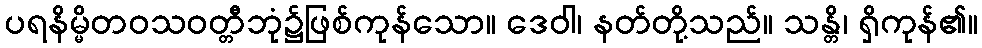
ပရနိမ္မိတဝသဝတ္တီဘုံ၌ဖြစ်ကုန်သော။ ဒေဝါ၊ နတ်တို့သည်။ သန္တိ၊ ရှိကုန်၏။